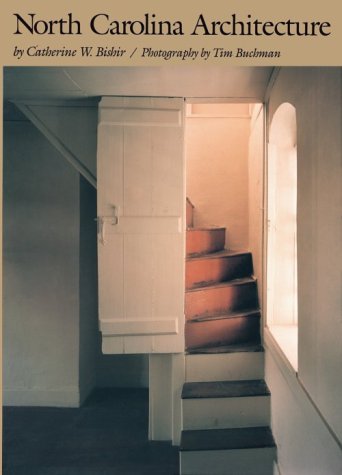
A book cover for North Carolina Architecture; Catherine W. Bishir; Travel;